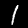
Label: 1